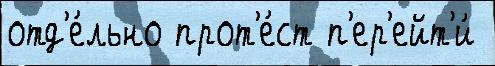
отд'е́льно прот'е́ст п'ер'ейт'и́